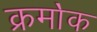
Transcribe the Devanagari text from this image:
क्रमा॓क